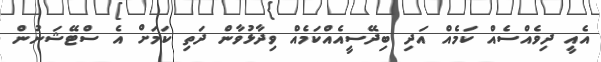
އެއީ ދިވެއްސެއް ކަމެއް އަދި ބިދޭސީއެއްކަމެއް ވިދާޅުވާން ދަތި ކަމަށް އެ ސްޓޭޝަނުން